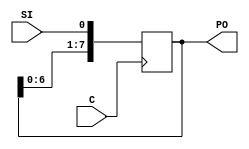
module ShiftRegister_SIPO(C, SI, PO); input C,SI;
output [7:0] PO;
reg [7:0] tmp;
always @(posedge C) begin
tmp = {tmp[6:0], SI}; end
assign PO = tmp; endmodule